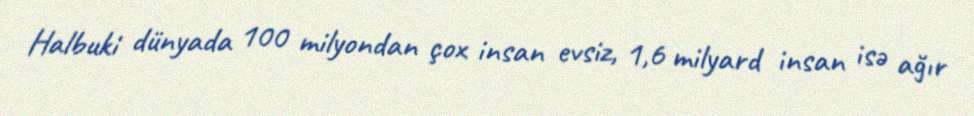
Halbuki dünyada 100 milyondan çox insan evsiz, 1,6 milyard insan isə ağır